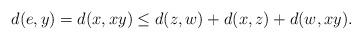
LaTeX: \begin{align*} d(e,y) = d(x,xy) \leq d(z,w) + d(x,z) + d(w,xy).\end{align*}